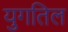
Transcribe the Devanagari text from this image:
युगतिल